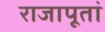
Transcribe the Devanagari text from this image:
राजापूतां